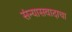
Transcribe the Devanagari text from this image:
संन्यासवादाचा